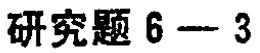
研究题 6 --- 3